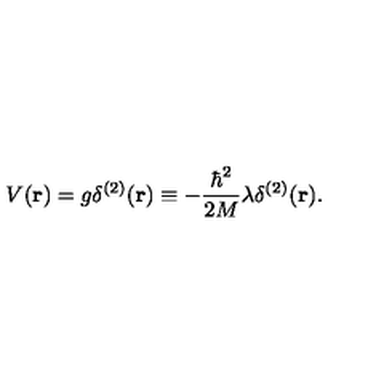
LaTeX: V ( { \bf r } ) = g \delta ^ { ( 2 ) } ( { \bf r } ) \equiv - \frac { \hbar ^ { 2 } } { 2 M } \lambda \delta ^ { ( 2 ) } ( { \bf r } ) .